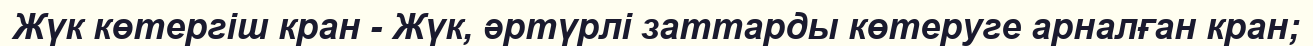
Жүк көтергіш кран - Жүк, әртүрлі заттарды көтеруге арналған кран;